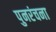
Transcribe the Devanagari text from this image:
पुनरंचना